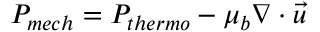
P _ { m e c h } = P _ { t h e r m o } - \mu _ { b } \nabla \cdot \vec { u }